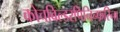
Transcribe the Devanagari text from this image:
कोचबिल्डरपिनिन्फरिना